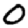
Digit: 0